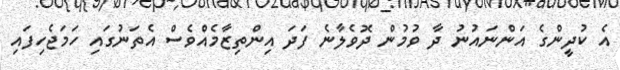
އެ ކުދީންގެ އަންނައުނު ދާ ވުމުން ދޮވެލާނެ ފަދަ އިންތިޒާމެއްވެސް އެތަނުގައި ހަމަޖެހިފައި